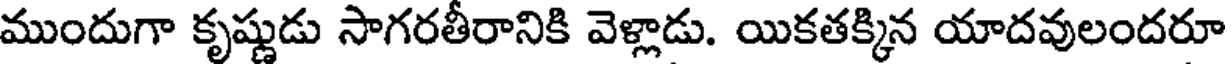
ముందుగా కృష్ణుడు సాగరతీరానికి వెళ్లాడు. యికతక్కిన యాదవులందరూ